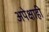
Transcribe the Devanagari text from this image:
अपेक्षाही